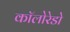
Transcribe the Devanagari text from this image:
कॉलोरेडो